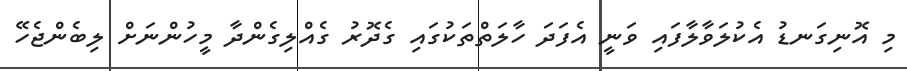
މި އޮނިގަނޑު އެކުލަވާލާފައި ވަނީ އެފަދަ ހާލަތްތަކުގައި ގެދޮރު ގެއްލިގެންދާ މީހުންނަށް ލިބެންޖެހޭ